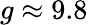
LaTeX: g\approx 9.8